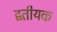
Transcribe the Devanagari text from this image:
द्वतीयक